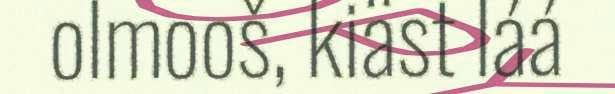
olmooš, kiäst láá